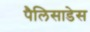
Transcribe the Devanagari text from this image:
पैलिसाडेस